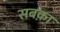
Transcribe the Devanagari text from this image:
सबक़ा